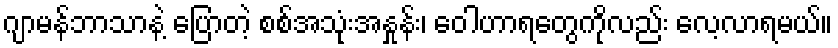
ဂျာမန်ဘာသာနဲ့ ပြောတဲ့ စစ်အသုံးအနှုန်း၊ ဝေါဟာရတွေကိုလည်း လေ့လာရမယ်။